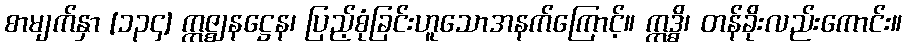
စာမျက်နှာ [၁၃၄] ဣဇ္ဈနဋ္ဌေန၊ ပြည့်စုံခြင်းဟူသောအနက်ကြောင့်။ ဣဒ္ဓိ၊ တန်ခိုးလည်းကောင်း။